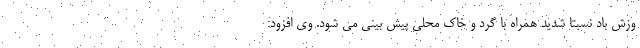
وزش باد نسبتاً شدید همراه با گرد و خاک محلی پیش بینی می شود. وی افزود: